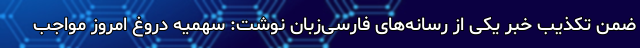
ضمن تکذیب خبر یکی از رسانه‌های فارسی‌زبان نوشت: سهمیه دروغ امروز مواجب